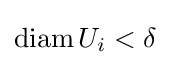
\operatorname {diam} U_{i}<\delta